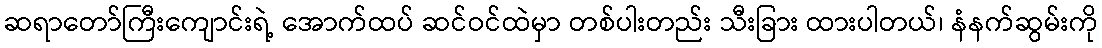
ဆရာတော်ကြီးကျောင်းရဲ့ အောက်ထပ် ဆင်ဝင်ထဲမှာ တစ်ပါးတည်း သီးခြား ထားပါတယ်၊ နံနက်ဆွမ်းကို